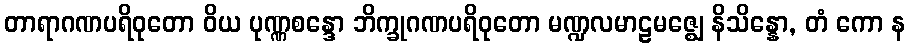
တာရာဂဏပရိဝုတော ဝိယ ပုဏ္ဏစန္ဒော ဘိက္ခုဂဏပရိဝုတော မဏ္ဍလမာဠမဇ္ဈေ နိသိန္နော, တံ ကော န